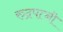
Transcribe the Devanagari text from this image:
रुद्रपत्नी